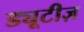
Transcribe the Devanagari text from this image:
ड्यूटीज़